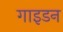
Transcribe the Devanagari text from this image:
गाइडन